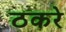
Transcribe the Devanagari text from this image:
ठकरे